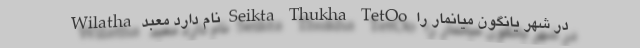
Wilatha نام دارد معبد Seikta Thukha TetOo در شهر یانگون میانمار را